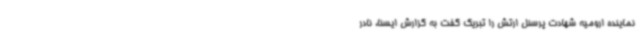
نماینده ارومیه شهادت پرسنل ارتش را تبریک گفت به گزارش ایسنا، نادر